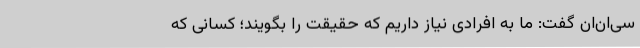
سی‌ان‌ان گفت: ما به افرادی نیاز داریم که حقیقت را بگویند؛ کسانی که